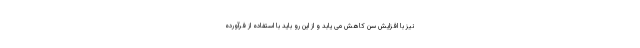
نیز با افزایش سن کاهش می یابد و از این رو باید با استفاده از فرآورده